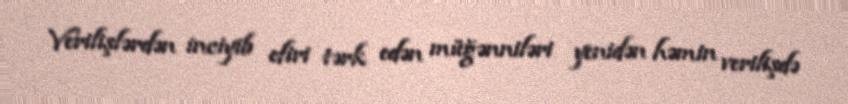
Verilişlərdən inciyib efiri tərk edən müğənniləri yenidən həmin verilişdə